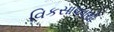
વિકસાવવાથી